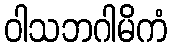
ဝါသဘဂါမိကံ